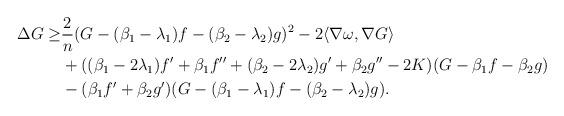
LaTeX: \begin{align*}\begin{aligned}\Delta G\geq & \frac{2}{n}(G-(\beta_{1}-\lambda_{1})f-(\beta_{2}-\lambda_{2})g)^{2}-2\langle\nabla\omega, \nabla G\rangle\\&+((\beta_{1}-2\lambda_{1})f'+\beta_{1}f''+(\beta_{2}-2\lambda_{2})g'+\beta_{2}g''-2K)(G-\beta_{1}f-\beta_{2}g) \\&-(\beta_{1}f'+\beta_{2}g')(G-(\beta_{1}-\lambda_{1})f-(\beta_{2}-\lambda_{2})g). \end{aligned}\end{align*}